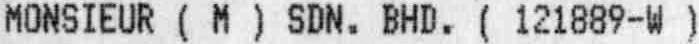
MONSIEUR ( M ) SDN. BHD. ( 121889-W )